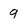
Character: 9